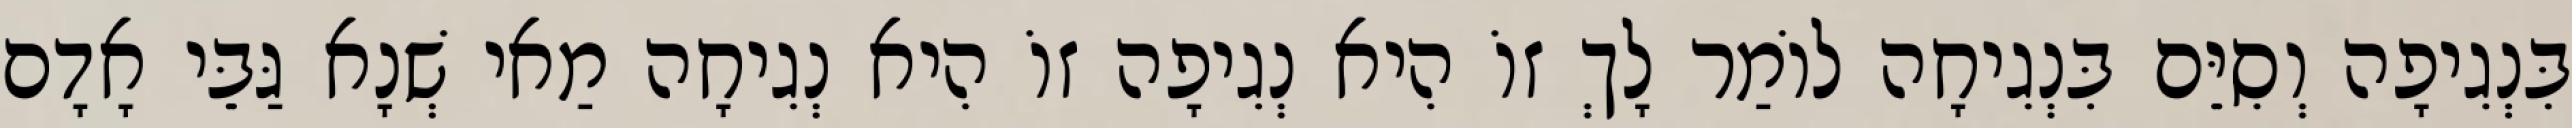
בִּנְגִיפָה וְסִיֵּם בִּנְגִיחָה לוֹמַר לָךְ זוֹ הִיא נְגִיפָה זוֹ הִיא נְגִיחָה מַאי שְׁנָא גַּבֵּי אָדָם